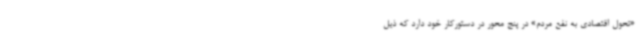
«تحول اقتصادی به نفع مردم» در پنج محور در دستورکار خود دارد که ذیل